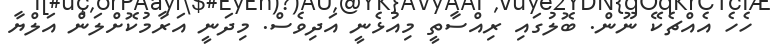
ހެހެ އެއްޗެކޭ ނޫން. ބޮލުގައި ރިއްސާތީ މިއުޅެނީ އަދިވެސް. މިދަނީ އަރާމުކޮށްލަން އަލްޔާ